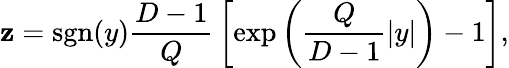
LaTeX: \mathbf{z}=\mathrm{{sgn}}(y){\frac{{D-1}}{{Q}}}\left[\exp\left({\frac{{Q}}{{D-1}}}|y|\right)-1\right],